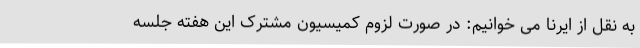
به نقل از ایرنا می خوانیم: در صورت لزوم کمیسیون مشترک این هفته جلسه